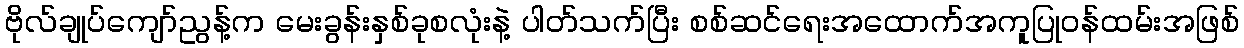
ဗိုလ်ချုပ်ကျော်ညွန့်က မေးခွန်းနှစ်ခုစလုံးနဲ့ ပါတ်သက်ပြီး စစ်ဆင်ရေးအထောက်အကူပြုဝန်ထမ်းအဖြစ်